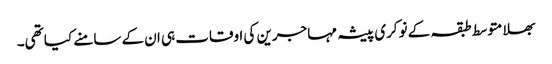
بھلا متوسط طبقہ کے نوکری پیشہ مہاجرین کی اوقات ہی ان کے سامنے کیا تھی۔